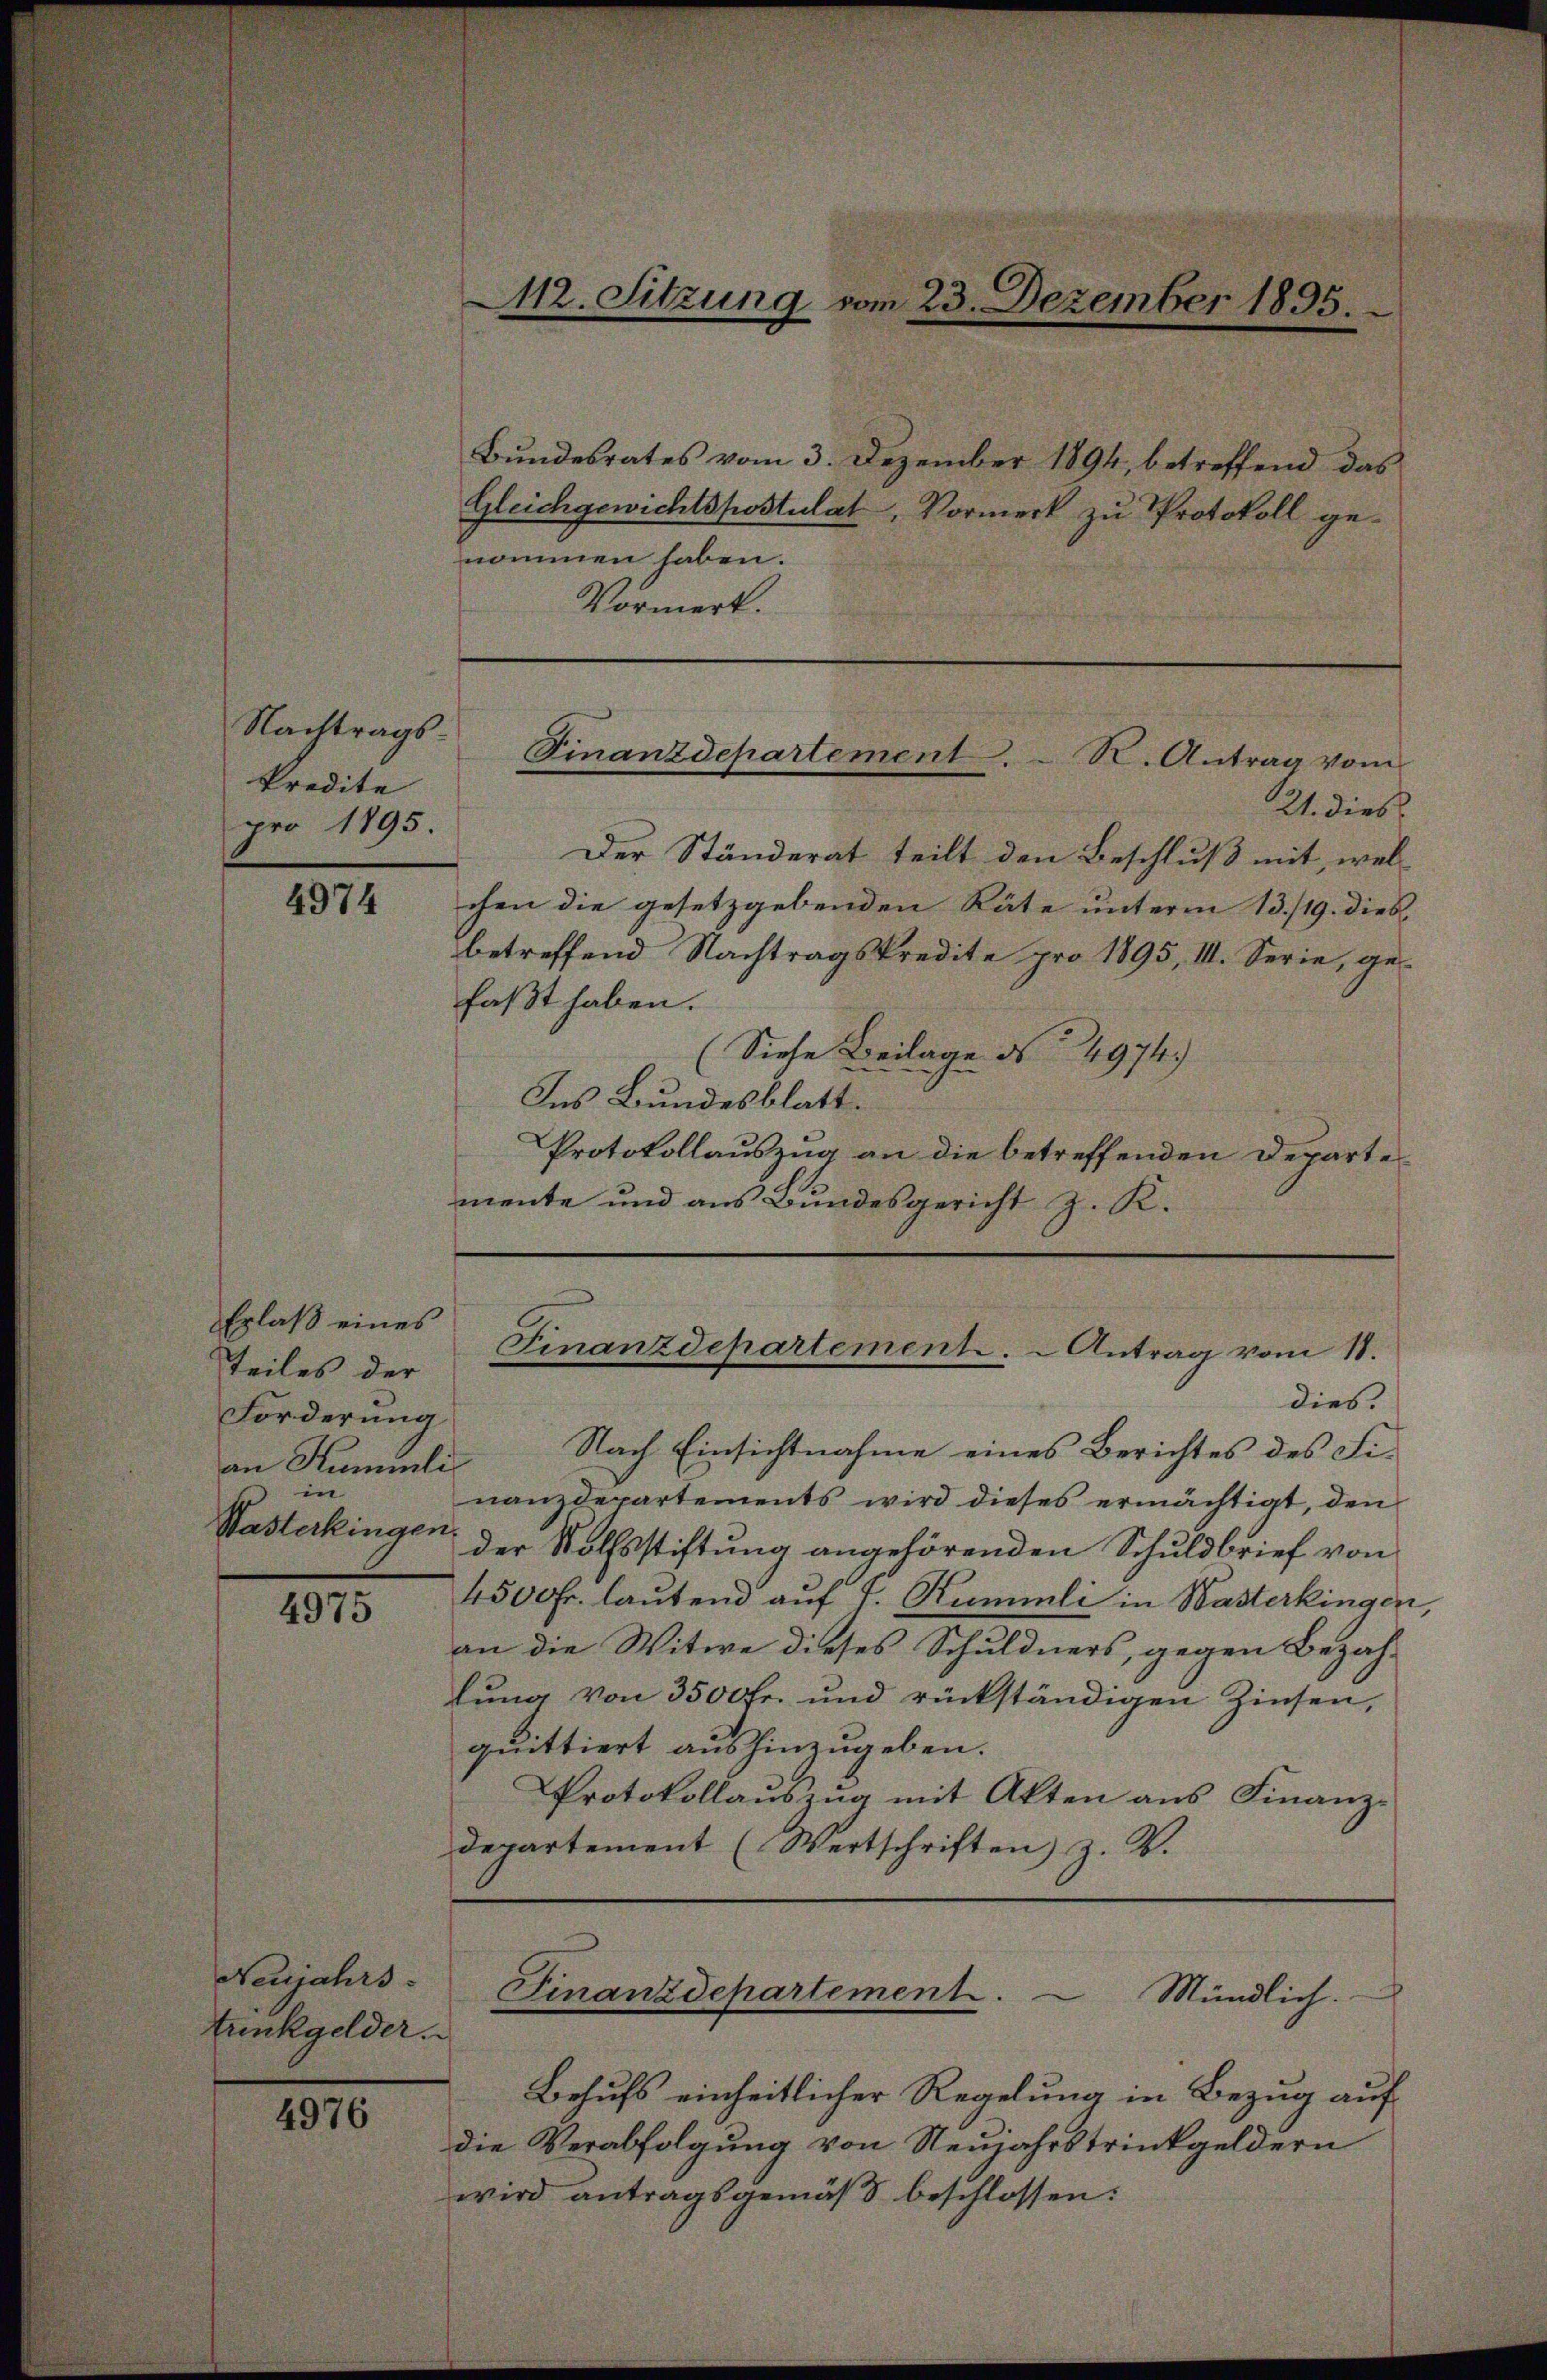
Nachtragskredite
pro 1895.

4974

Erlaß eines
teiles der
Forderung
an Kummli
in
Wasterkingen

4975

Neujahrs
tunkgelder.

4976

21. dies
Der Ständerat teilt den Beschluß mit, welchen die gesetzgebenden Räte unterm 13./19. dies
betreffend Nachtragskredite pro 1895, III. Serie, gefaßt haben.
(Siehe Beilage No 4974.)
Ins Bundesblatt.
Protokollauszug an die betreffenden Departemente und aus Bundesgericht z. K.

Bŭndesrates vom 3. Dezember 1894, betreffend das
Gleichgewichtskostulat, Vormerk zu Protokoll genommen haben.
Vormerk.

112. Sitzung vom 23. Dezember 1895.

Finanzdepartement. N. Antrag vom

dies.
Nach Einsichtnahme eines Berichtes des Fi-
nanzdepartements wird dieses ermächtigt, den
der Vollsstiftung angehörenden Schuldbrief von
4500fr. lautend auf 7. Rummli in Wasterkingen
an die Witwe dieses Schuldners, gegen Bezah-
lung von 3500 Fr. und rückständigen Zinsen,
quittiert aushinzugeben.
Protokollauszug mit Akten aus Finanzdepartement (Wertschriften z. B.
Finanzdepartement. Mündlich.
Behufs einheitlicher Regelung in Bezug auf
die Verabfolgung von Neujahrstrinkgeldern
wird antragsgemäß beschlossen:

Finanzdepartement. Antrag vom 18.